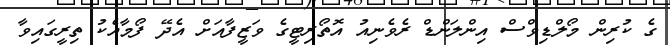
ގެ ކުރިން މޯލްޑިވްސް އިންލަންޑް ރެވެނިއު އޮތޯރިޓީގެ ވަޒީފާއަށް އެދޭ ފޯމާއެކު ތިރީގައިވާ